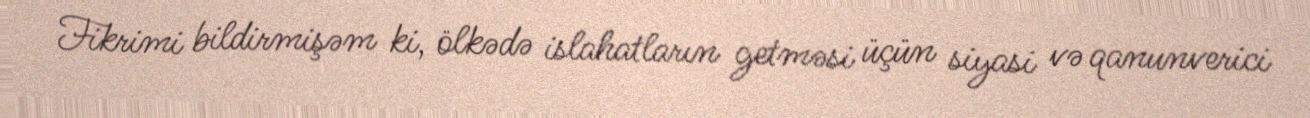
Fikrimi bildirmişəm ki, ölkədə islahatların getməsi üçün siyasi və qanunverici